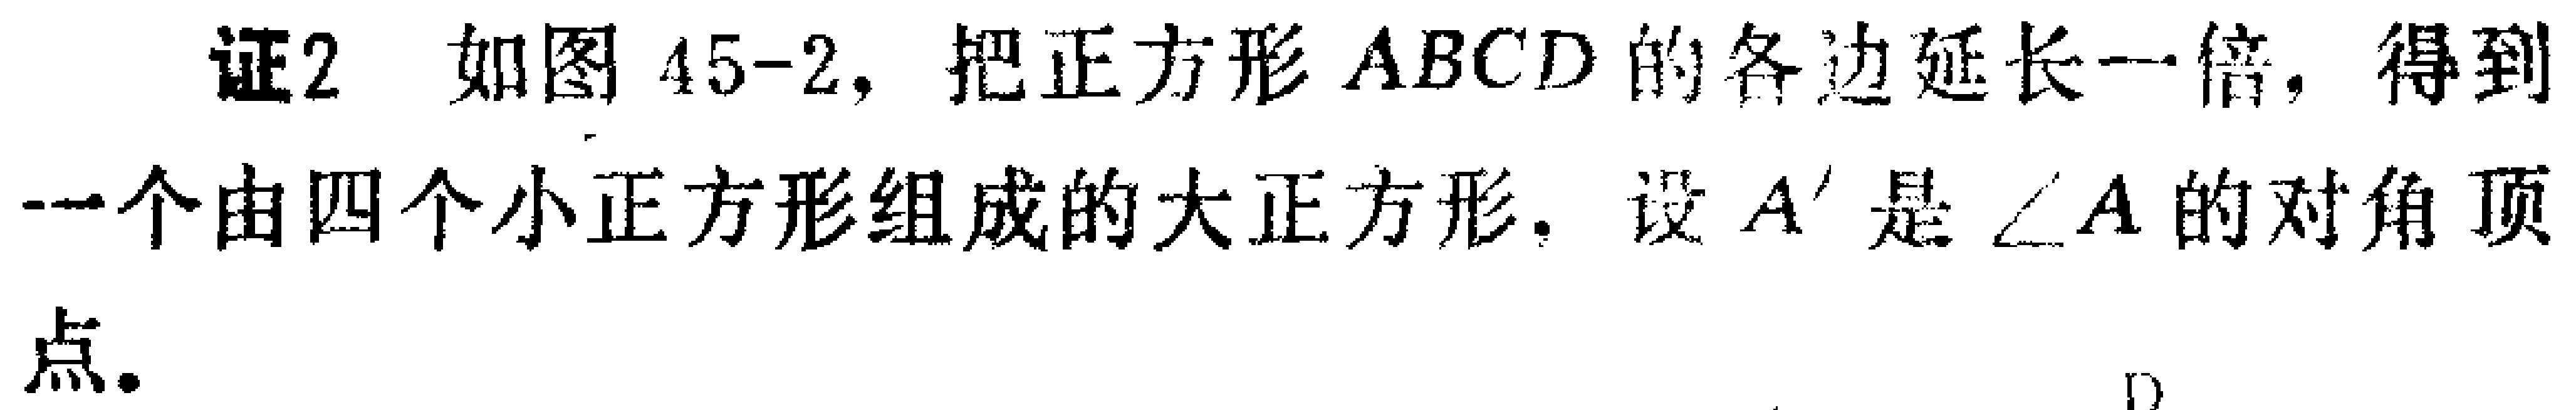
证2 如图45-2，把正方形 \(ABCD\) 的各边延长一倍，得到一个由四个小正方形组成的大正方形. 设 \(A'\) 是 \(\angle A\) 的对角顶点.